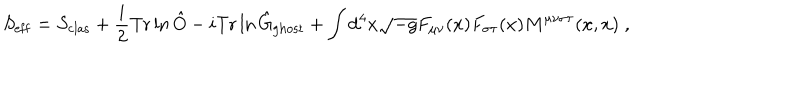
S _ { \mathrm { e f f } } = S _ { \mathrm { c l a s } } + \frac { i } { 2 } { \mathrm { T r } } \ln \hat { O } - i { \mathrm { T r } } \ln \hat { G } _ { \mathrm { g h o s t } } + \int \mathrm { d } ^ { 4 } x \sqrt { - g } F _ { \mu \nu } ( x ) F _ { \sigma \tau } ( x ) M ^ { \mu \nu \sigma \tau } ( x , x ) \; ,